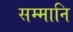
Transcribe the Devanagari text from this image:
सम्मानि